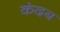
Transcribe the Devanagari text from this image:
कंदब